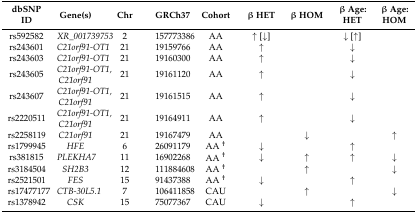
<table><thead><tr><td><b>dbSNP ID</b></td><td><b>Gene(s)</b></td><td><b>Chr</b></td><td><b>GRCh37</b></td><td><b>Cohort</b></td><td><b>β HET</b></td><td><b>β HOM</b></td><td><b>β Age: HET</b></td><td><b>β Age: HOM</b></td></tr></thead><tbody><tr><td>rs592582</td><td><i>XR_001739753</i></td><td>2</td><td>157773386</td><td>AA</td><td>↑ [↓]</td><td></td><td>↓ [↑]</td><td></td></tr><tr><td>rs243601</td><td><i>C21orf91-OT1</i></td><td>21</td><td>19159766</td><td>AA</td><td>↑</td><td></td><td>↓</td><td></td></tr><tr><td>rs243603</td><td><i>C21orf91-OT1</i></td><td>21</td><td>19160300</td><td>AA</td><td>↑</td><td></td><td>↓</td><td></td></tr><tr><td>rs243605</td><td><i>C21orf91-OT1, C21orf91</i></td><td>21</td><td>19161120</td><td>AA</td><td>↑</td><td></td><td>↓</td><td></td></tr><tr><td>rs243607</td><td><i>C21orf91-OT1, C21orf91</i></td><td>21</td><td>19161515</td><td>AA</td><td>↑</td><td></td><td>↓</td><td></td></tr><tr><td>rs2220511</td><td><i>C21orf91-OT1, C21orf91</i></td><td>21</td><td>19164911</td><td>AA</td><td>↑</td><td></td><td>↓</td><td></td></tr><tr><td>rs2258119</td><td><i>C21orf91</i></td><td>21</td><td>19167479</td><td>AA</td><td></td><td>↓</td><td></td><td>↑</td></tr><tr><td>rs1799945</td><td><i>HFE</i></td><td>6</td><td>26091179</td><td>AA <sup>†</sup></td><td>↓</td><td></td><td>↑</td><td></td></tr><tr><td>rs381815</td><td><i>PLEKHA7</i></td><td>11</td><td>16902268</td><td>AA <sup>†</sup></td><td>↓</td><td>↑</td><td>↑</td><td>↓</td></tr><tr><td>rs3184504</td><td><i>SH2B3</i></td><td>12</td><td>111884608</td><td>AA <sup>†</sup></td><td></td><td>↑</td><td></td><td>↓</td></tr><tr><td>rs2521501</td><td><i>FES</i></td><td>15</td><td>91437388</td><td>AA <sup>†</sup></td><td>↓</td><td></td><td>↑</td><td></td></tr><tr><td>rs17477177</td><td><i>CTB-30L5.1</i></td><td>7</td><td>106411858</td><td>CAU</td><td></td><td>↑</td><td></td><td>↓</td></tr><tr><td>rs1378942</td><td><i>CSK</i></td><td>15</td><td>75077367</td><td>CAU</td><td>↓</td><td></td><td>↑</td><td></td></tr></tbody></table>